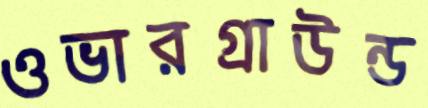
ওভারগ্রাউন্ড